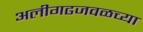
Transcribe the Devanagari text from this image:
अलीगढजवळच्या